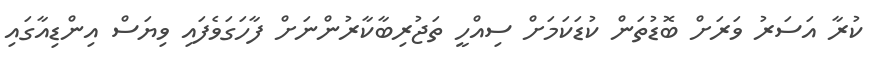
ކުރާ އަސަރު ވަރަށް ބޮޑުތަން ކުޑަކަމަށް ސިއްހީ ތަޖުރިބާކާރުންނަށް ފާހަގަވެފައި ވިޔަސް އިންޑިއާގައި